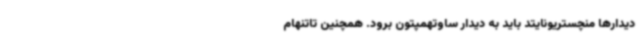
دیدارها منچستریونایتد باید به دیدار ساوتهمپتون برود. همچنین تاتنهام